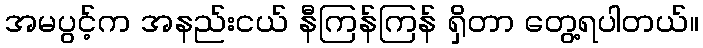
အမပွင့်က အနည်းငယ် နီကြန်ကြန် ရှိတာ တွေ့ရပါတယ်။